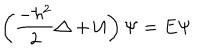
\left( { \frac { - \hbar ^ { 2 } } { 2 } } \triangle + { \cal U } \right) \Psi = E \Psi